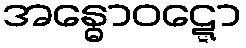
အန္ဓောဝဋ္ဋော